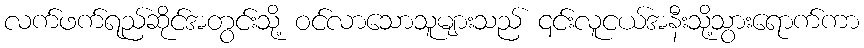
လက်ဖက်ရည်ဆိုင်အတွင်းသို့ ဝင်လာသောသူများသည် ၎င်းလူငယ်အနီးသို့သွားရောက်ကာ